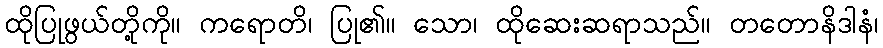
ထိုပြုဖွယ်တို့ကို။ ကရောတိ၊ ပြု၏။ သော၊ ထိုဆေးဆရာသည်။ တတောနိဒါနံ၊